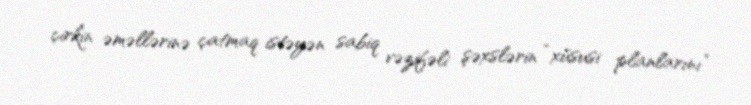
çirkin əməllərinə çatmaq istəyən sabiq vəzifəli şəxslərin “xüsusi planlarını”